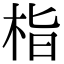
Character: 栺